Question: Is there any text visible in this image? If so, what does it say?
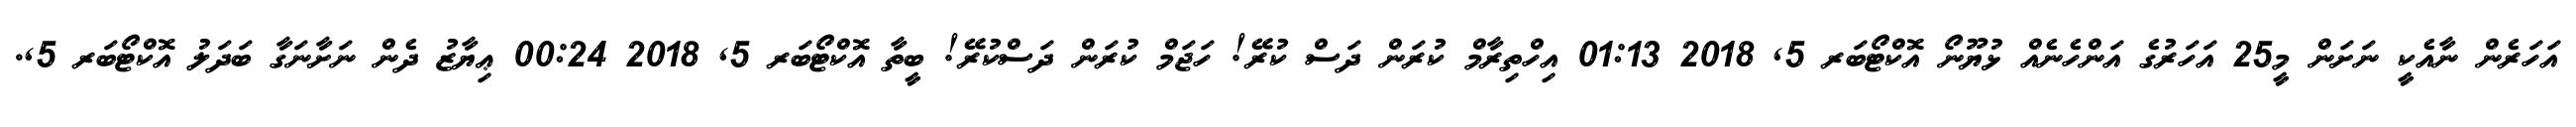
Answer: އަހަރެން ނާއެކީ ނަށަން މީ25 އަހަރުގެ އަންހެނެއް ޅުޔޫނޯ އޮކްޓޯބަރ 5, 2018 01:13 އިހްތިރާމް ކުރަން ދަސް ކުރޭ! ހަޖަމް ކުރަން ދަސްކުރޭ! ބީތާ އޮކްޓޯބަރ 5, 2018 00:24 ޢިޔާޒު ދެން ނަށާނަގާ ބަދަލު އޮކްޓޯބަރ 5,.